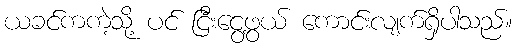
ယခင်ကကဲ့သို့ ပင် ငြီးငွေ့ဖွယ် ကောင်းလျက်ရှိပါသည်။